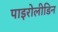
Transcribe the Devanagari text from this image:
पाइरोलीडिन